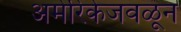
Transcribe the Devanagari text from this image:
अमेरिकेजवळून